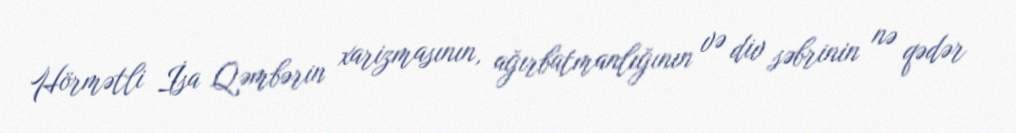
Hörmətli İsa Qəmbərin xarizmasının, ağırbatmanlığının və div səbrinin nə qədər